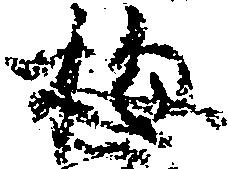
梅